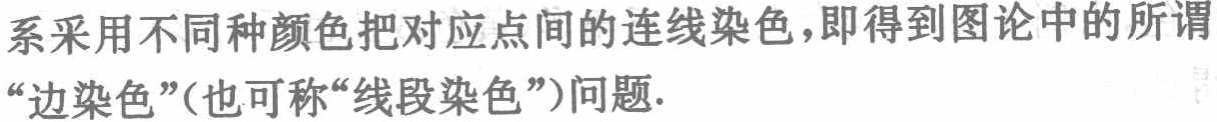
系采用不同种颜色把对应点间的连线染色，即得到图论中的所谓“边染色”(也可称“线段染色”)问题.